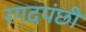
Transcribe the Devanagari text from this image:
रगदपंछी